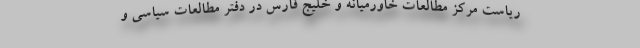
ریاست مرکز مطالعات خاورمیانه و خلیج فارس در دفتر مطالعات سیاسی و